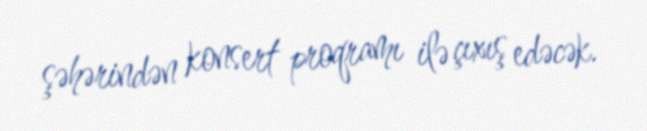
şəhərindən konsert proqramı ilə çıxış edəcək.